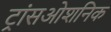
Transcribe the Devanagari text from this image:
ट्रांसओशनिक